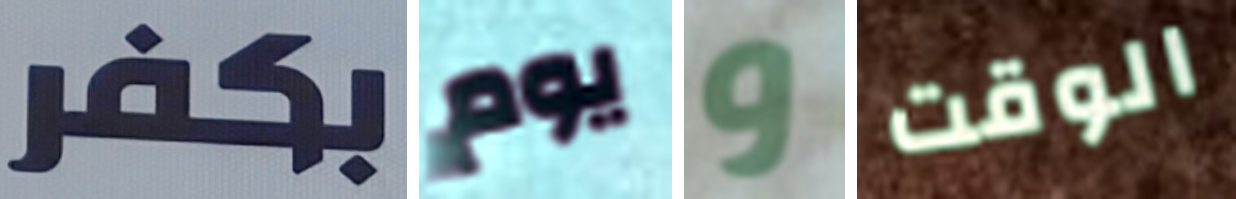
بكفر يوم و الوقت